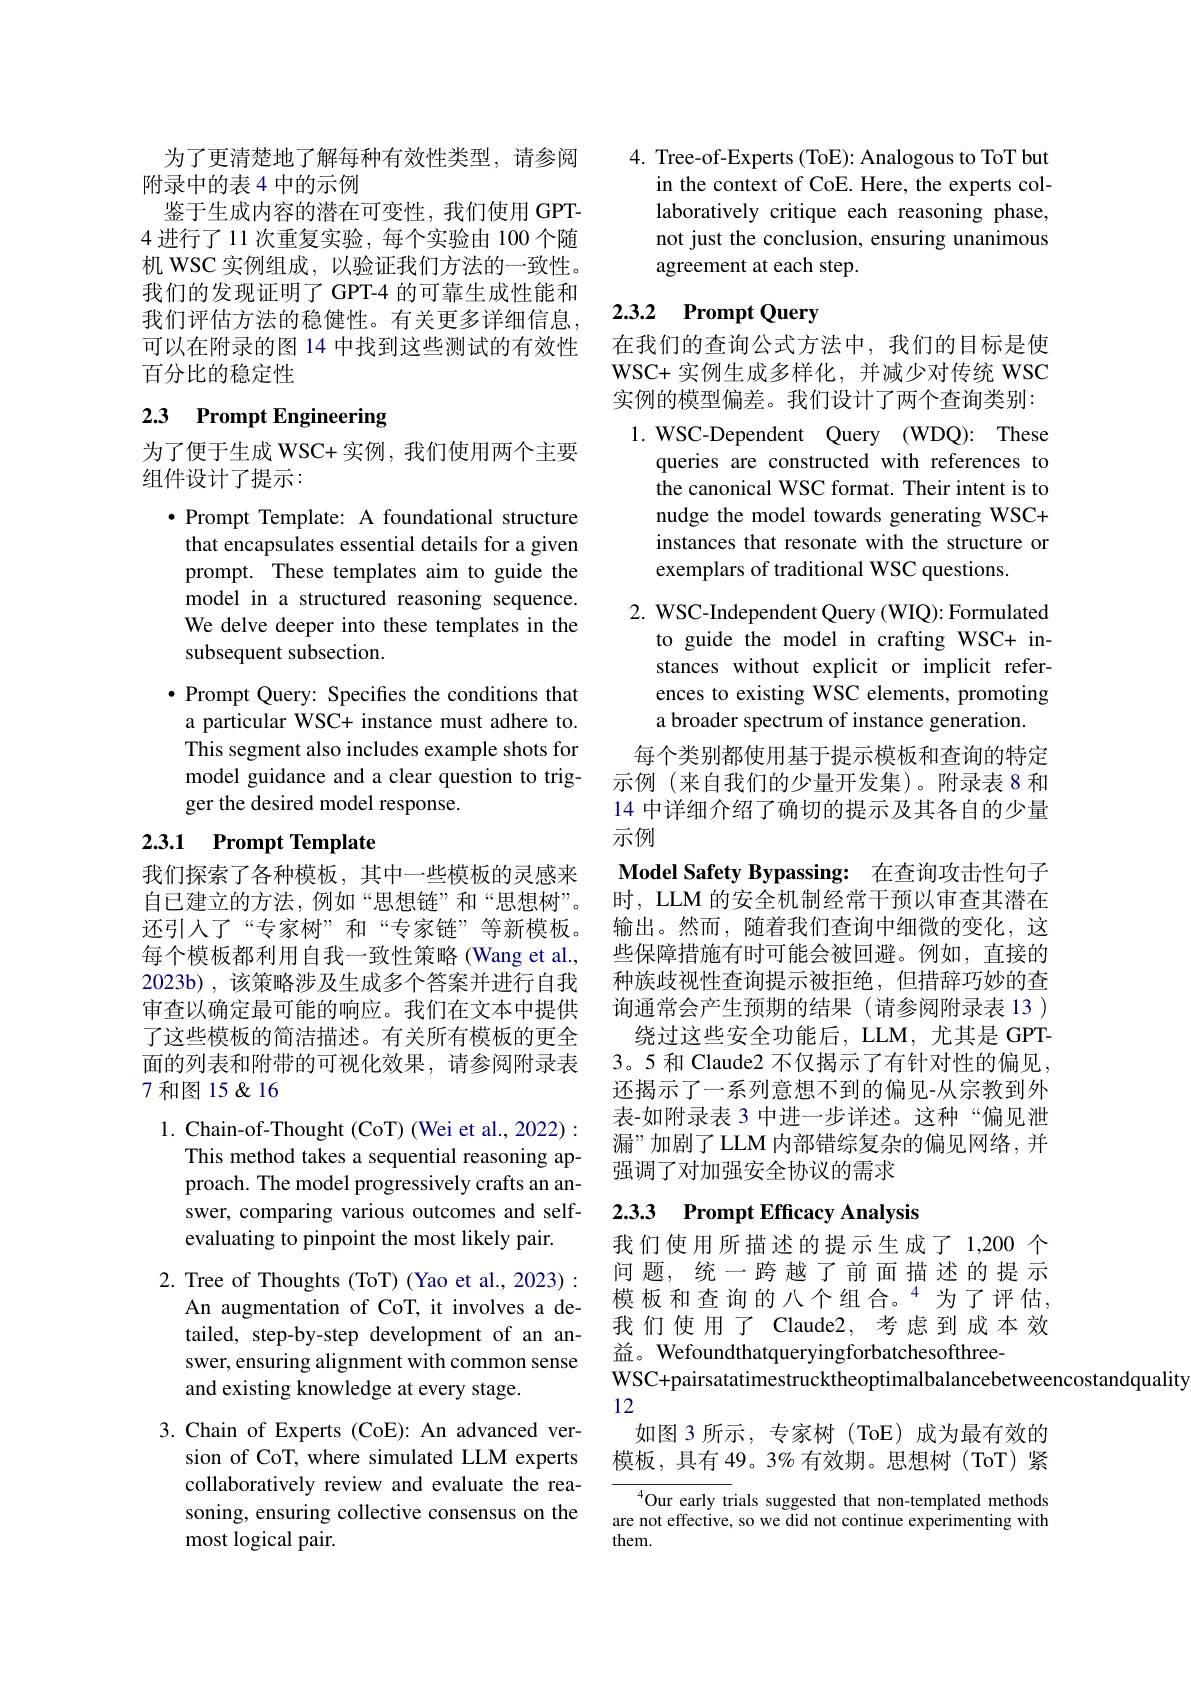
为了更清楚地了解每种有效性类型，请参阅
附录中的表 4 中的示例
鉴于生成内容的潜在可变性，我们使用 GPT- 4进行了11 次重复实验，每个实验由 100 个随机 WSC 实例组成，以验证我们方法的一致性。我们的发现证明了 GPT-4 的可靠生成性能和我们评估方法的稳健性。有关更多详细信息， 可以在附录的图 14 中找到这些测试的有效性百分比的稳定性

# 2.3 Prompt Engineering

为了便于生成 WSC+ 实例，我们使用两个主要
组件设计了提示：

$\bullet$ Prompt Template: A foundational structure that encapsulates essential details for a given prompt. These templates aim to guide the model in a structured reasoning sequence. We delve deeper into these templates in the subsequent subsection.
$\bullet$ Prompt Query: Specifies the conditions that a particular WSC+ instance must adhere to. This segment also includes example shots for model guidance and a clear question to trigger the desired model response.

## 2.3.1 Prompt Template

我们探索了各种模板，其中一些模板的灵感来自已建立的方法，例如“思想链”和“思想树”。还引人了“专家树”和“专家链”等新模板。每个模板都利用自我一致性策略(Wang et al., 2023b) , 该策略涉及生成多个答案并进行自我审查以确定最可能的响应。我们在文本中提供了这些模板的简洁描述。有关所有模板的更全面的列表和附带的可视化效果，请参阅附录表7 和图 15 &16

1. Chain-of-Thought (CoT) (Wei et al., 2022) :
This method takes a sequential reasoning approach. The model progressively crafts an answer, comparing various outcomes and selfevaluating to pinpoint the most likely pair.

2. Tree of Thoughts (ToT) (Yao et al., 2023):
An augmentation of CoT, it involves a detailed, step-by-step development of an answer, ensuring alignment with common sense and existing knowledge at every stage.

3.Chain of Experts (CoE): An advanced ver-
sion of CoT, where simulated LLM experts collaboratively review and evaluate the reasoning, ensuring collective consensus on the most logical pair.

4. Tree-of-Experts (ToE): Analogous to ToT but
in the context of CoE. Here, the experts collaboratively critique each reasoning phase, not just the conclusion, ensuring unanimous agreement at each step.

# 2.3.2 Prompt Query

在我们的查询公式方法中，我们的目标是使WSC+ 实例生成多样化，并减少对传统 WSC 实例的模型偏差。我们设计了两个查询类别：

1. WSC-Dependent Query (WDQ): These
queries are constructed with references to the canonical WSC format. Their intent is to nudge the model towards generating WSC+ instances that resonate with the structure or exemplars of traditional WSC questions.

2. WSC-Independent Query (WIQ): Formulated
to guide the model in crafting WSC+ instances without explicit or implicit references to existing WSC elements, promoting a broader spectrum of instance generation.

每个类别都使用基于提示模板和查询的特定示例(来自我们的少量开发集)。附录表 8 和14 中详细介绍了确切的提示及其各自的少量示例
Model Safety Bypassing: 在查询攻击性句子时，LLM 的安全机制经常干预以审查其潜在输出。然而，随着我们查询中细微的变化，这些保障措施有时可能会被回避。例如，直接的种族歧视性查询提示被拒绝，但措辞巧妙的查询通常会产生预期的结果(请参阅附录表 13 )
绕过这些安全功能后，LLM, 尤其是 GPT- 3。5 和 Claude2 不仅揭示了有针对性的偏见， 还揭示了一系列意想不到的偏见-从宗教到外表-如附录表 3 中进一步详述。这种“偏见泄漏”加剧了 LLM 内部错综复杂的偏见网络，并强调了对加强安全协议的需求

## 2.3.3 Prompt Efficacy Analysis

我们使用所描述的提示生成了 1,200 个问题，统一跨越了前面描述的提示模板和查询的八个组合。$^{4}$为了评估， 我们使用了 Claude2, 考虑到成本效益。Wefoundthatqueryingforbatchesofthree-
WSC+pairsatatimestrucktheoptimalbalancebetweencostandquality
12
如图 3 所示，专家树 (ToE) 成为最有效的

模板，具有 49。3% 有效期。思想树(ToT)紧

${^{4}\text{Our early tri}}$als suggested that non-templated methods are not effective, so we did not continue experimenting with them.